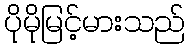
ပိုမိုမြင့်မားသည်